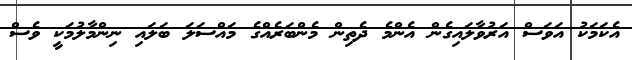
އެކަމަކު އަވަސް އަރުވާލައިގެން އެންމެ ދެތިން މެންބަރެއްގެ މައްސަލަ ބަލައި ނިންމާލުމަކީ ވެސް